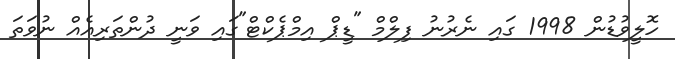
ހޮލީވުޑުން 1998 ގައި ނެރުނު ފިލްމް "ޑީޕް އިމްޕެކްޓް"ގައި ވަނީ ދުންތަރިއެއް ނުވަތަ